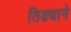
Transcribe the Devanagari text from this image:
तिढ्याने